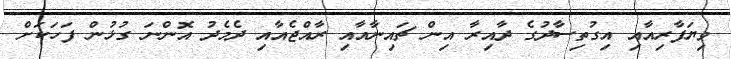
ވިޔަފާރިއާއި އިގުތިސާދުގެ ދާއިރާ އިން ޗައިނާއާއި ރާއްޖެއާއި ދެމެދު އޮންނަ ގުޅުން ފަހަކަށް